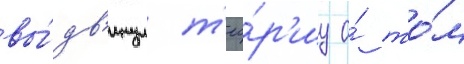
вы́дв'инул т'ео́р'иу о́ то́м